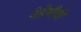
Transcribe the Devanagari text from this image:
नेहेमीची